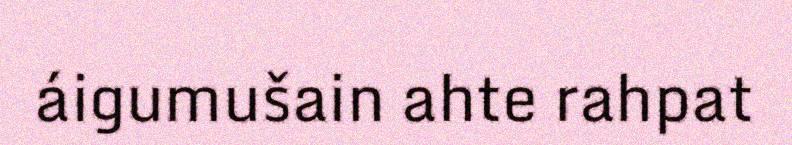
áigumušain ahte rahpat